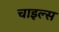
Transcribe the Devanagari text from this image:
चाइल्स